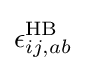
\epsilon _{ij,ab}^{\text{HB}}